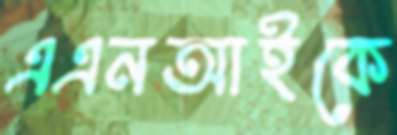
এএনআইকে